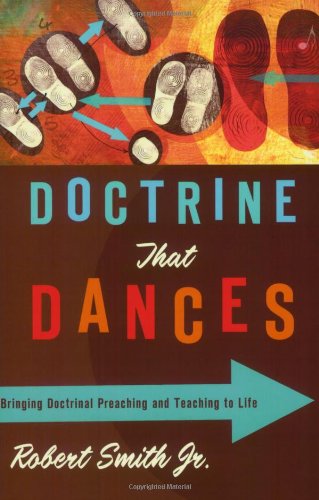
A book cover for Doctrine That Dances: Bringing Doctrinal Preaching and Teaching to Life; Robert Smith; Christian Books & Bibles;